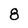
Character: 8